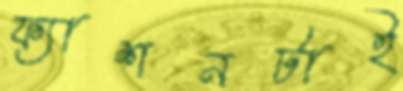
ফ্যাশনটাই